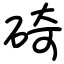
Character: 碕